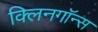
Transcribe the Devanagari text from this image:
क्लिनगॉन्स